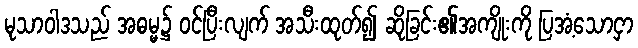
မုသာဝါဒသည် အဓမ္မ၌ ဝင်ပြီးလျက် အသီးထုတ်၍ ဆိုခြင်း၏အကျိုးကို ပြအံ့သောငှာ